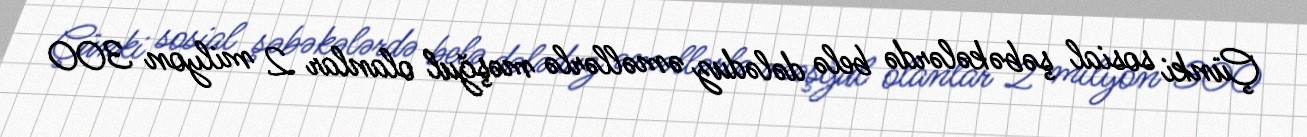
Çünki sosial şəbəkələrdə belə dələduz əməllərlə məşğul olanlar 2 milyon 300